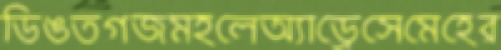
ডিঙতগজমহলেঅ্যাড্রেসেমেহের